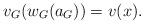
LaTeX: \begin{align*} v_G(w_G(a_G)) = v(x).\end{align*}